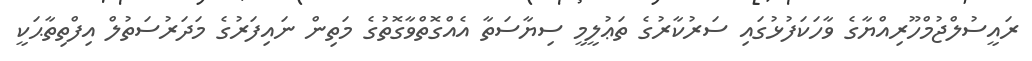
ރައީސުލްޖުމްހޫރިއްޔާގެ ވާހަކަފުޅުގައި ސަރުކާރުގެ ތަޢުލީމީ ސިޔާސަތާ އެއްގޮތްވާގޮތުގެ މަތިން ނައިފަރުގެ މަދަރުސަތުލް އިފްތިތާޙަކީ